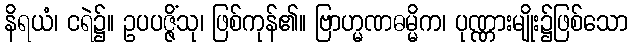
နိရယံ၊ ငရဲ၌။ ဥပပဇ္ဇိံသု၊ ဖြစ်ကုန်၏။ ဗြာဟ္မဏဓမ္မိက၊ ပုဏ္ဏားမျိုး၌ဖြစ်သော